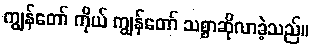
ကျွန်တော် ကိုယ် ကျွန်တော် သစ္စာဆိုလာခဲ့သည်။